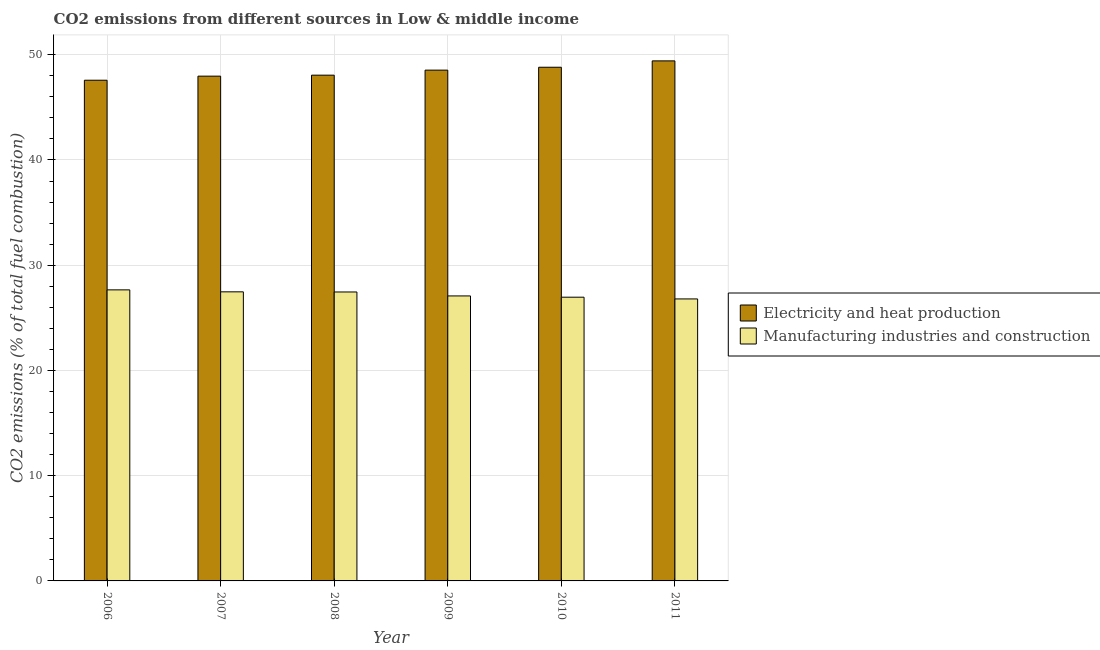
| Year | Electricity and heat production | Manufacturing industries and construction |
 | --- | --- | --- |
 | 2006 | 47.6 | 27.7 |
 | 2007 | 48 | 27.5 |
 | 2008 | 48.1 | 27.5 |
 | 2009 | 48.5 | 27.1 |
 | 2010 | 48.8 | 27 |
 | 2011 | 49.4 | 26.8 |